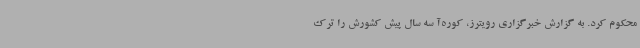
محکوم کرد. به گزارش خبرگزاری رویترز، کوره‌آ سه سال پیش کشورش را ترک